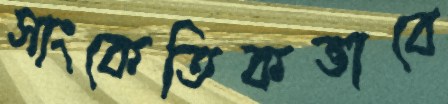
সাংকেতিকভাবে